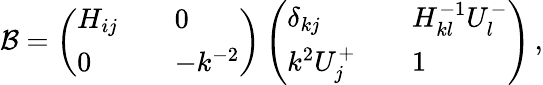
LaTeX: {\cal B}=\left(\begin{array}{lll}{{H_{ij}}}&{{}}&{{0}}\\ {{0}}&{{}}&{{-k^{-2}}}\end{array}\right)\left(\begin{array}{lll}{{\delta_{kj}}}&{{}}&{{H_{kl}^{-1}U_{l}^{-}}}\\ {{k^{2}U_{j}^{+}}}&{{}}&{{1}}\end{array}\right)\, ,